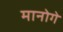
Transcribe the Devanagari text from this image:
मानोगे